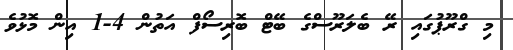
މި ގްރޫޕުގައި ރޭ ބެލަރޫސްގެ ބޭޓް ބޮރިސޯފް އަތުން 4-1 އިން މޮޅުވެ